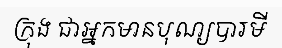
ក្រុង ជាអ្នកមានបុណ្យបារមី